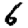
Digit: 6